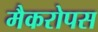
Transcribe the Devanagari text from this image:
मैकरोपस